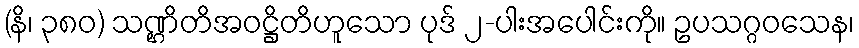
(နိ၊ ၃၈၀) သဏ္ဌိတိအဝဋ္ဌိတိဟူသော ပုဒ် ၂-ပါးအပေါင်းကို။ ဥပသဂ္ဂဝသေန၊